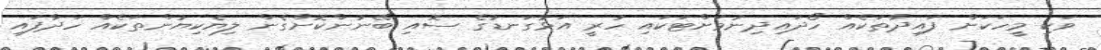
ވަކި މީހަކަށް ފައިދާތަކެއް ހޯދައިދިނުމަށްޓަކައި ހުރީ އަޅުގަނޑުގެ ސޮއި ބޭނުންކޮށްގެން ލިޔެކިޔުންތަކެއް ހަދާފައި